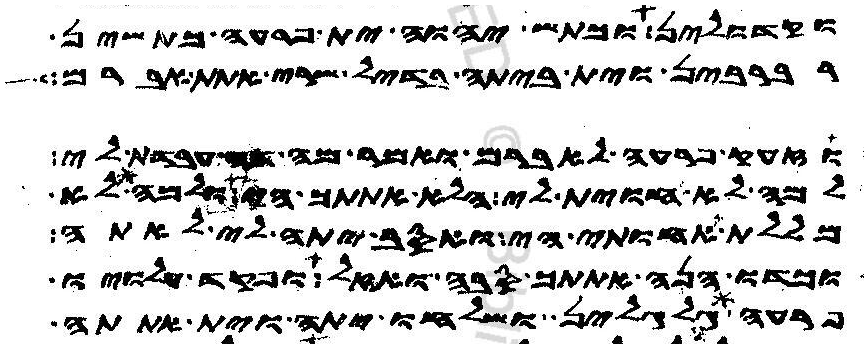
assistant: וקדולין וכתש יהוה ית פרעה כתשין
רברבין וית ביתה בדיל שרי אתת אברם
וזעק פרעה לאברם ואמר מה דה עבדת לי
למה לא חוית לי הלא אתתך הי ולמה לא
מללת אחותי הי ואסב יתה לי לאתה
וכדו הנה אתתך סבה ואזל ופקד עלויו
פרעה גלגלין ושלחו יתה וית אתתה